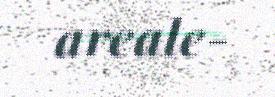
areale-